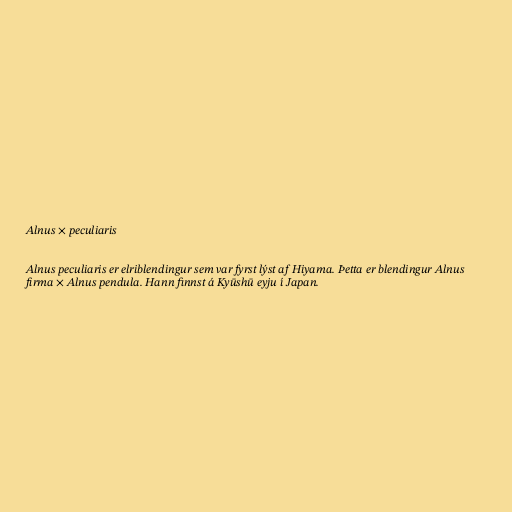
Alnus × peculiaris

Alnus peculiaris er elriblendingur sem var fyrst lýst af Hiyama. Þetta er blendingur Alnus
firma × Alnus pendula. Hann finnst á Kyūshū eyju í Japan.